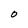
Character: O